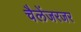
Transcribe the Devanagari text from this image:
चैलेंजरजर